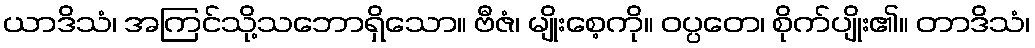
ယာဒိသံ၊ အကြင်သို့သဘောရှိသော။ ဗီဇံ၊ မျိုးစေ့ကို။ ဝပ္ပတေ၊ စိုက်ပျိုး၏။ တာဒိသံ၊